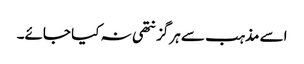
اسے مذہب سے ہرگز نتھی نہ کیا جائے۔